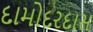
દામોદરદાસ